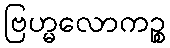
ဗြဟ္မလောကဉ္စ